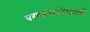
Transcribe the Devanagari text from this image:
परमहंसवंशावली